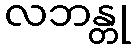
လဘန္တု